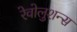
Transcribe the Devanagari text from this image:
रेवोलुशन्स